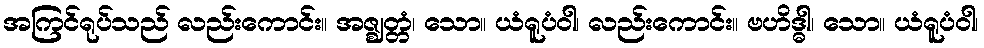
အကြင်ရုပ်သည် လည်းကောင်း။ အဇ္ဈတ္တံ၊ သော။ ယံရူပံဝါ၊ လည်းကောင်း။ ဗဟိဒ္ဓါ၊ သော။ ယံရူပံဝါ၊